Report of the Indian Hemp Drugs Commission, 1894-1895 - Volume I
Year: 1894
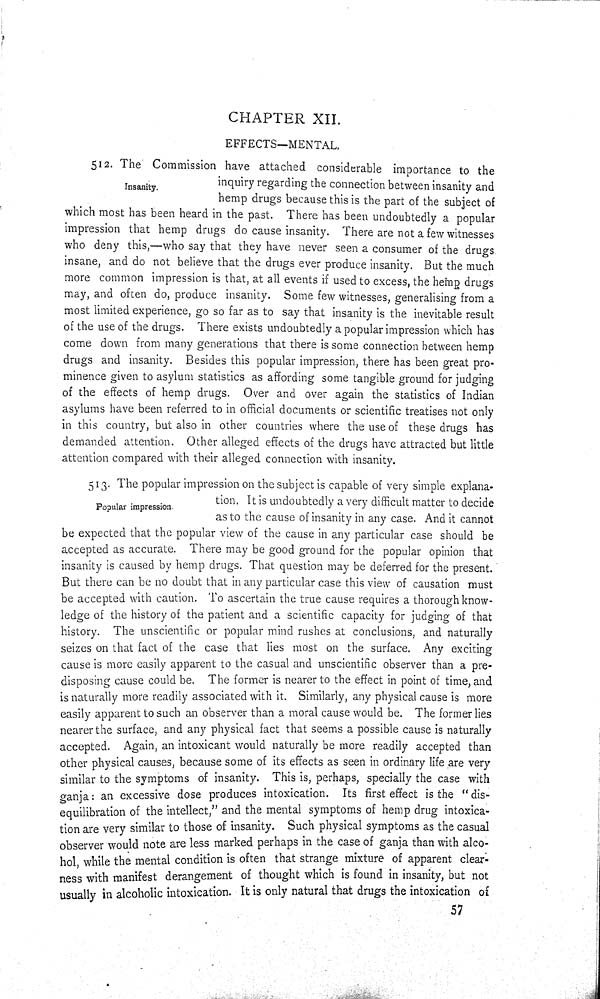
CHAPTER
XII.
EFFECTS—MENTAL.
Insanity.
512. The Commission have attached considerable importance to the
inquiry regarding the connection between insanity and
hemp drugs because this is the part of the subject of
which most has been heard in the past. There has been undoubtedly a popular
impression that hemp drugs do cause insanity. There are not a few witnesses
who deny this,—who say that they have never seen a consumer of the drugs
insane, and do not believe that the drugs ever produce insanity. But the much
more common impression is that, at all events if used to excess, the hemp drugs
may, and often do, produce insanity. Some few witnesses, generalising from a
most limited experience, go so far as to say that insanity is the inevitable result
of the use of the drugs. There exists undoubtedly a popular impression which has
come down from many generations that there is some connection between hemp
drugs and insanity. Besides this popular impression, there has been great pro-
minence given to asylum statistics as affording some tangible ground for judging
of the effects of hemp drugs. Over and over again the statistics of Indian
asylums have been referred to in official documents or scientific treatises not only
in this country, but also in other countries where the use of these drugs has
demanded attention. Other alleged effects of the drugs have attracted but little
attention compared with their alleged connection with insanity.
Popular impression.
513. The popular impression on the subject is capable of very simple explana-
tion. It is undoubtedly a very difficult matter to decide
as to the cause of insanity in any case. And it cannot
be expected that the popular view of the cause in any particular case should be
accepted as accurate. There may be good ground for the popular opinion that
insanity is caused by hemp drugs. That question may be deferred for the present.
But there can be no doubt that in any particular case this view of causation must
be accepted with caution. To ascertain the true cause requires a thorough know-
ledge of the history of the patient and a scientific capacity for judging of that
history. The unscientific or popular mind rushes at conclusions, and naturally
seizes on that fact of the case that lies most on the surface. Any exciting
cause is more easily apparent to the casual and unscientific observer than a pre-
disposing cause could be. The former is nearer to the effect in point of time, and
is naturally more readily associated with it. Similarly, any physical cause is more
easily apparent to such an observer than a moral cause would be. The former lies
nearer the surface, and any physical fact that seems a possible cause is naturally
accepted. Again, an intoxicant would naturally be more readily accepted than
other physical causes, because some of its effects as seen in ordinary life are very
similar to the symptoms of insanity. This is, perhaps, specially the case with
ganja: an excessive dose produces intoxication. Its first effect is the "dis-
equilibration of the intellect," and the mental symptoms of hemp drug intoxica-
tion are very similar to those of insanity. Such physical symptoms as the casual
observer would note are less marked perhaps in the case of ganja than with alco-
hol, while the mental condition is often that strange mixture of apparent clear-
ness with manifest derangement of thought which is found in insanity, but not
usually in alcoholic intoxication. It is only natural that drugs the intoxication of
57